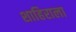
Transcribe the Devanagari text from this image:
शाहिराला